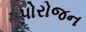
પોરોજન